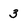
Character: 3